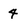
Character: 4